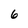
Character: 6